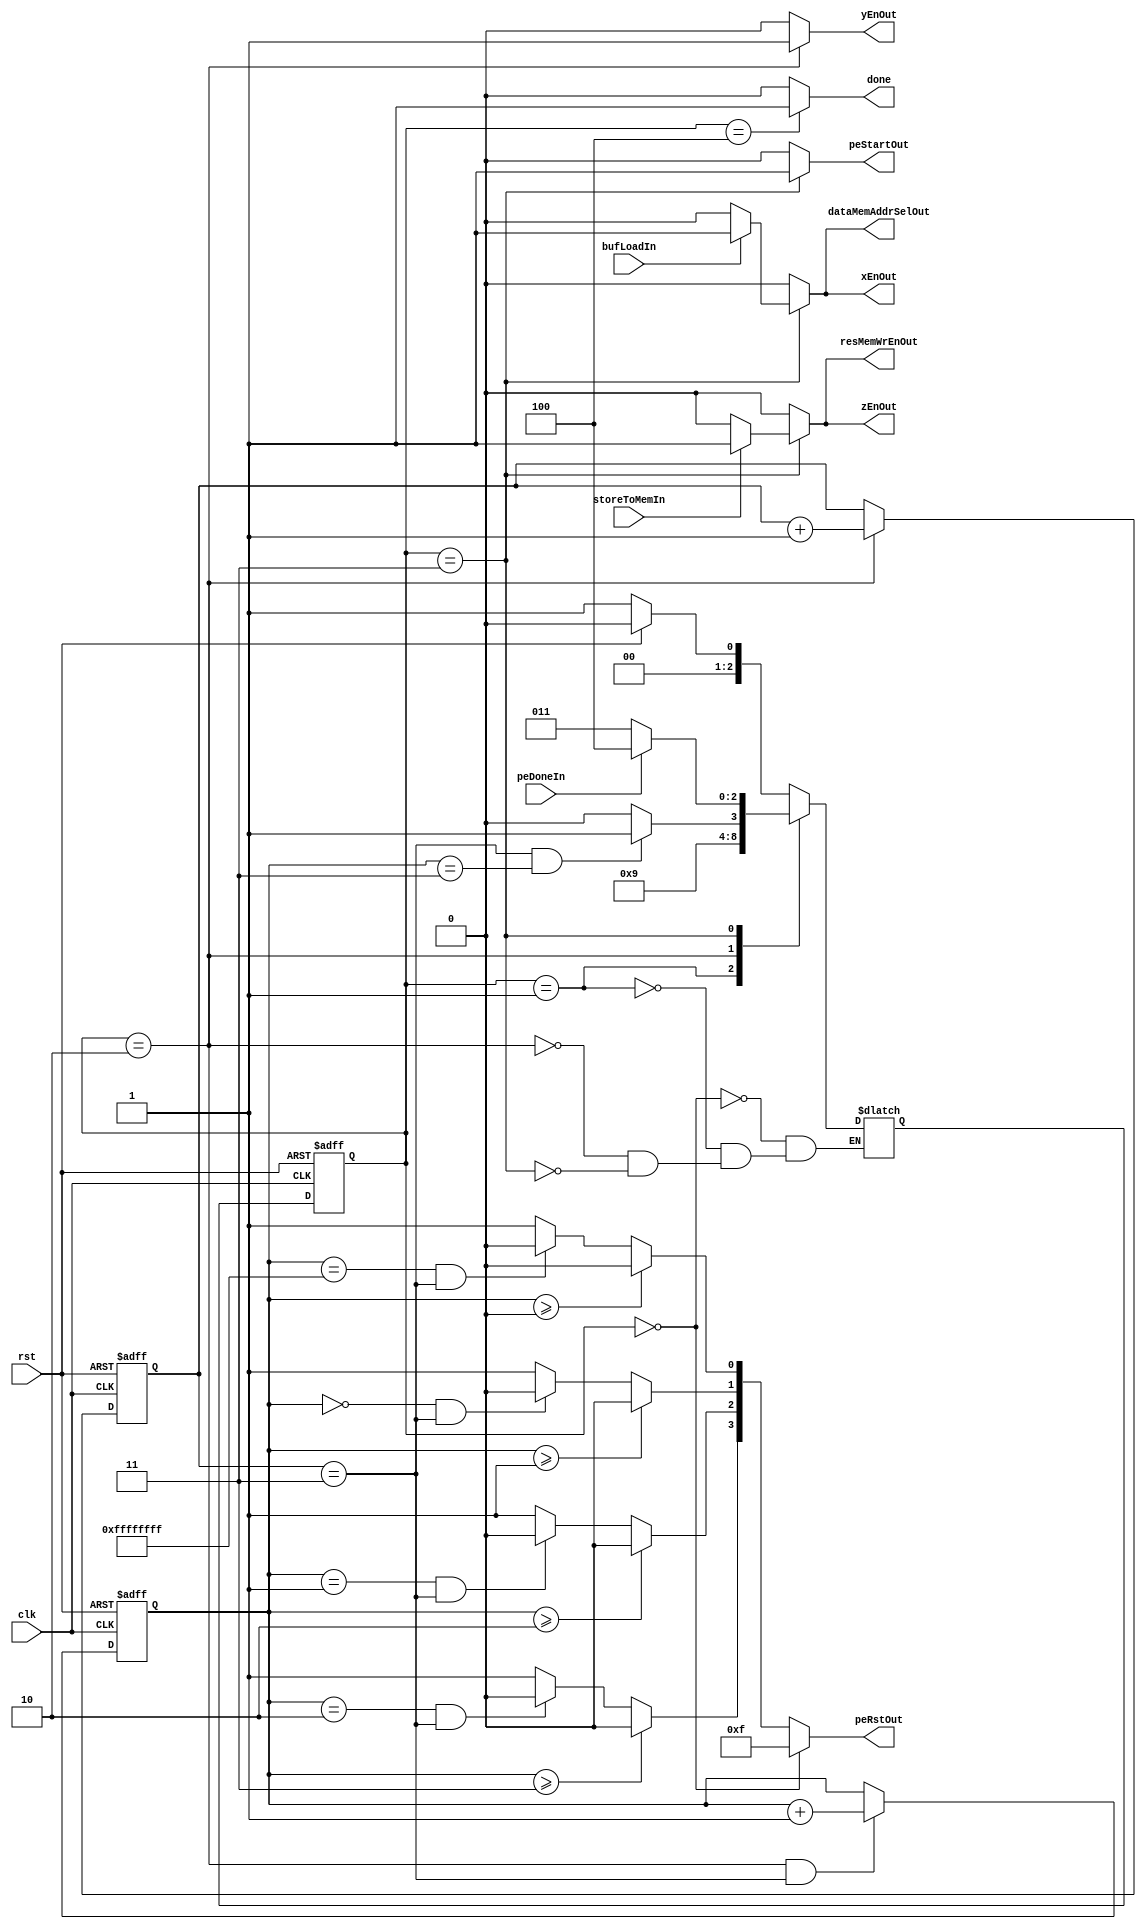
`define IDLE         3'd0
`define SYC_STATE    3'd1     
`define LOAD_FILTERS 3'd2 
`define WAIT         3'd3
`define DONE         3'd4

module Controller(
    clk, rst, peRstOut, peStartOut, xEnOut, yEnOut, zEnOut, dataMemAddrSelOut, resMemWrEnOut,
    done, peDoneIn, storeToMemIn, bufLoadIn
);

    parameter N = 4;

    input wire[0:0] clk, rst, peDoneIn, storeToMemIn, bufLoadIn;
    output reg[0:0] done, peStartOut, xEnOut, yEnOut, zEnOut, 
                    dataMemAddrSelOut, resMemWrEnOut;
    output reg[N-1:0] peRstOut;

    reg[2:0] ps, ns;
    reg[1:0] filter_ld_cnt;
    reg[31:0] pe_ld_cnt;

    always @(posedge clk, posedge rst) begin
        if(rst) begin
            ps <= `IDLE;
            filter_ld_cnt <= 2'b0;
            pe_ld_cnt <= 32'b0;
        end
        else begin
            ps <= ns;
            filter_ld_cnt <= (ps == `LOAD_FILTERS) ? filter_ld_cnt + 1 : filter_ld_cnt;
            pe_ld_cnt <= (ps == `LOAD_FILTERS && filter_ld_cnt == 2'd3) ? pe_ld_cnt + 1 : pe_ld_cnt;
        end
    end

    always @(*) begin
        case(ps)
            `IDLE         : ns = (rst) ? `IDLE : `SYC_STATE;
            `SYC_STATE    : ns = `LOAD_FILTERS;
            `LOAD_FILTERS : ns = (filter_ld_cnt == 2'd3 && pe_ld_cnt == N-1) ? `WAIT : `LOAD_FILTERS;
            `WAIT         : ns = (peDoneIn) ? `DONE : `WAIT;
        endcase
    end

    integer i;
    always @(*) begin 
        done = 1'b0; xEnOut = 1'b0; yEnOut = 1'b0; zEnOut = 1'b0; 
        dataMemAddrSelOut = 1'b0; resMemWrEnOut = 1'b0;
        peStartOut=1'b0;
        
        for(i=0; i<N; i=i+1) begin
            peRstOut[i] = (pe_ld_cnt >= i) ? 1'b0 : 
                          (pe_ld_cnt == (i-1) && filter_ld_cnt == 2'd3) ? 1'b0 : 1'b1; 
        end
        case(ps)
            `IDLE: begin
                peRstOut = {N{1'b1}};
            end
            `LOAD_FILTERS: begin
                dataMemAddrSelOut = 1'b0; // select y register
                yEnOut = 1'b1;
            end
            `WAIT: begin
                peStartOut        = 1'b1;
                resMemWrEnOut     = (storeToMemIn) ? 1'b1 : 1'b0;
                zEnOut            = (storeToMemIn) ? 1'b1 : 1'b0;
                dataMemAddrSelOut = (bufLoadIn) ? 1'b1 : 1'b0;
                xEnOut            = (bufLoadIn) ? 1'b1 : 1'b0;
            end
            `DONE: begin
                done = 1'b1;
            end
        endcase
    end

endmodule